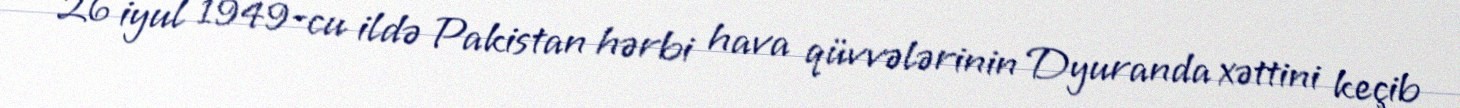
26 iyul 1949-cu ildə Pakistan hərbi hava qüvvələrinin Dyuranda xəttini keçib